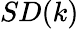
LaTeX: SD(k)